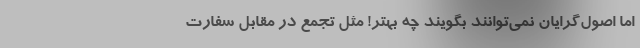
اما اصول‌گرایان نمی‌توانند بگویند چه بهتر! مثل تجمع در مقابل سفارت